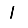
Digit: 1